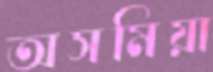
অসমিয়া